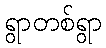
ရွာတစ်ရွာ